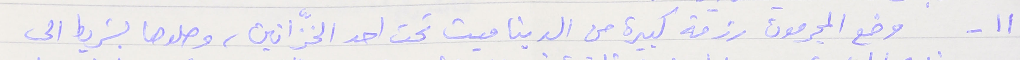
١١- وضع المجرمون رزمة كبيرة من الديناميت تحت احد الخزّانين، وصلوها بشريط الى